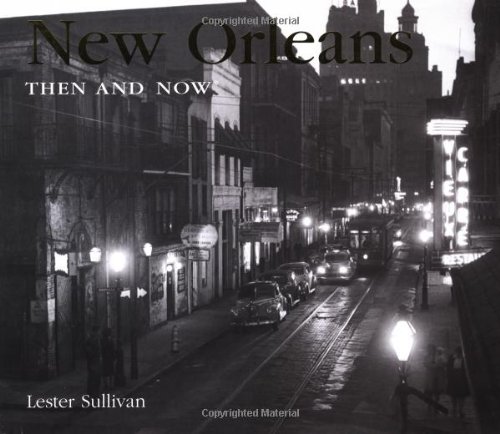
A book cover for New Orleans Then and Now (Then & Now); Lester Sullivan; Travel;